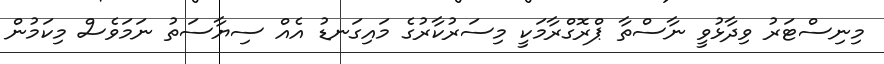
މިނިސްޓަރު ވިދާޅުވީ ނާސްތާ ޕްރޮގްރާމަކީ މިސަރުކާރުގެ މައިގަނޑު އެއް ސިޔާސަތު ނަމަވެސް މިކަމުން